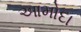
આમોદા